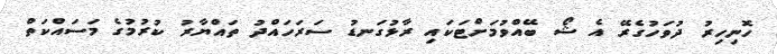
ހޮނިހިރު ދުވަހުގެރޭ އެ ޝޯ ބޭއްވުމަށްޓަކައި ރާޅުގަނޑު ސަރަހައްދު ތައްޔާރު ކުރުމުގެ މަސައްކަތް